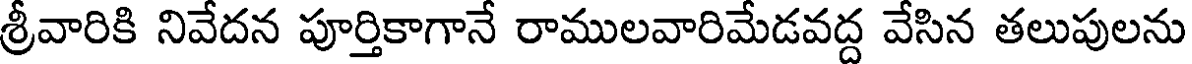
శ్రీవారికి నివేదన పూర్తికాగానే రాములవారిమేడవద్ద వేసిన తలుపులను